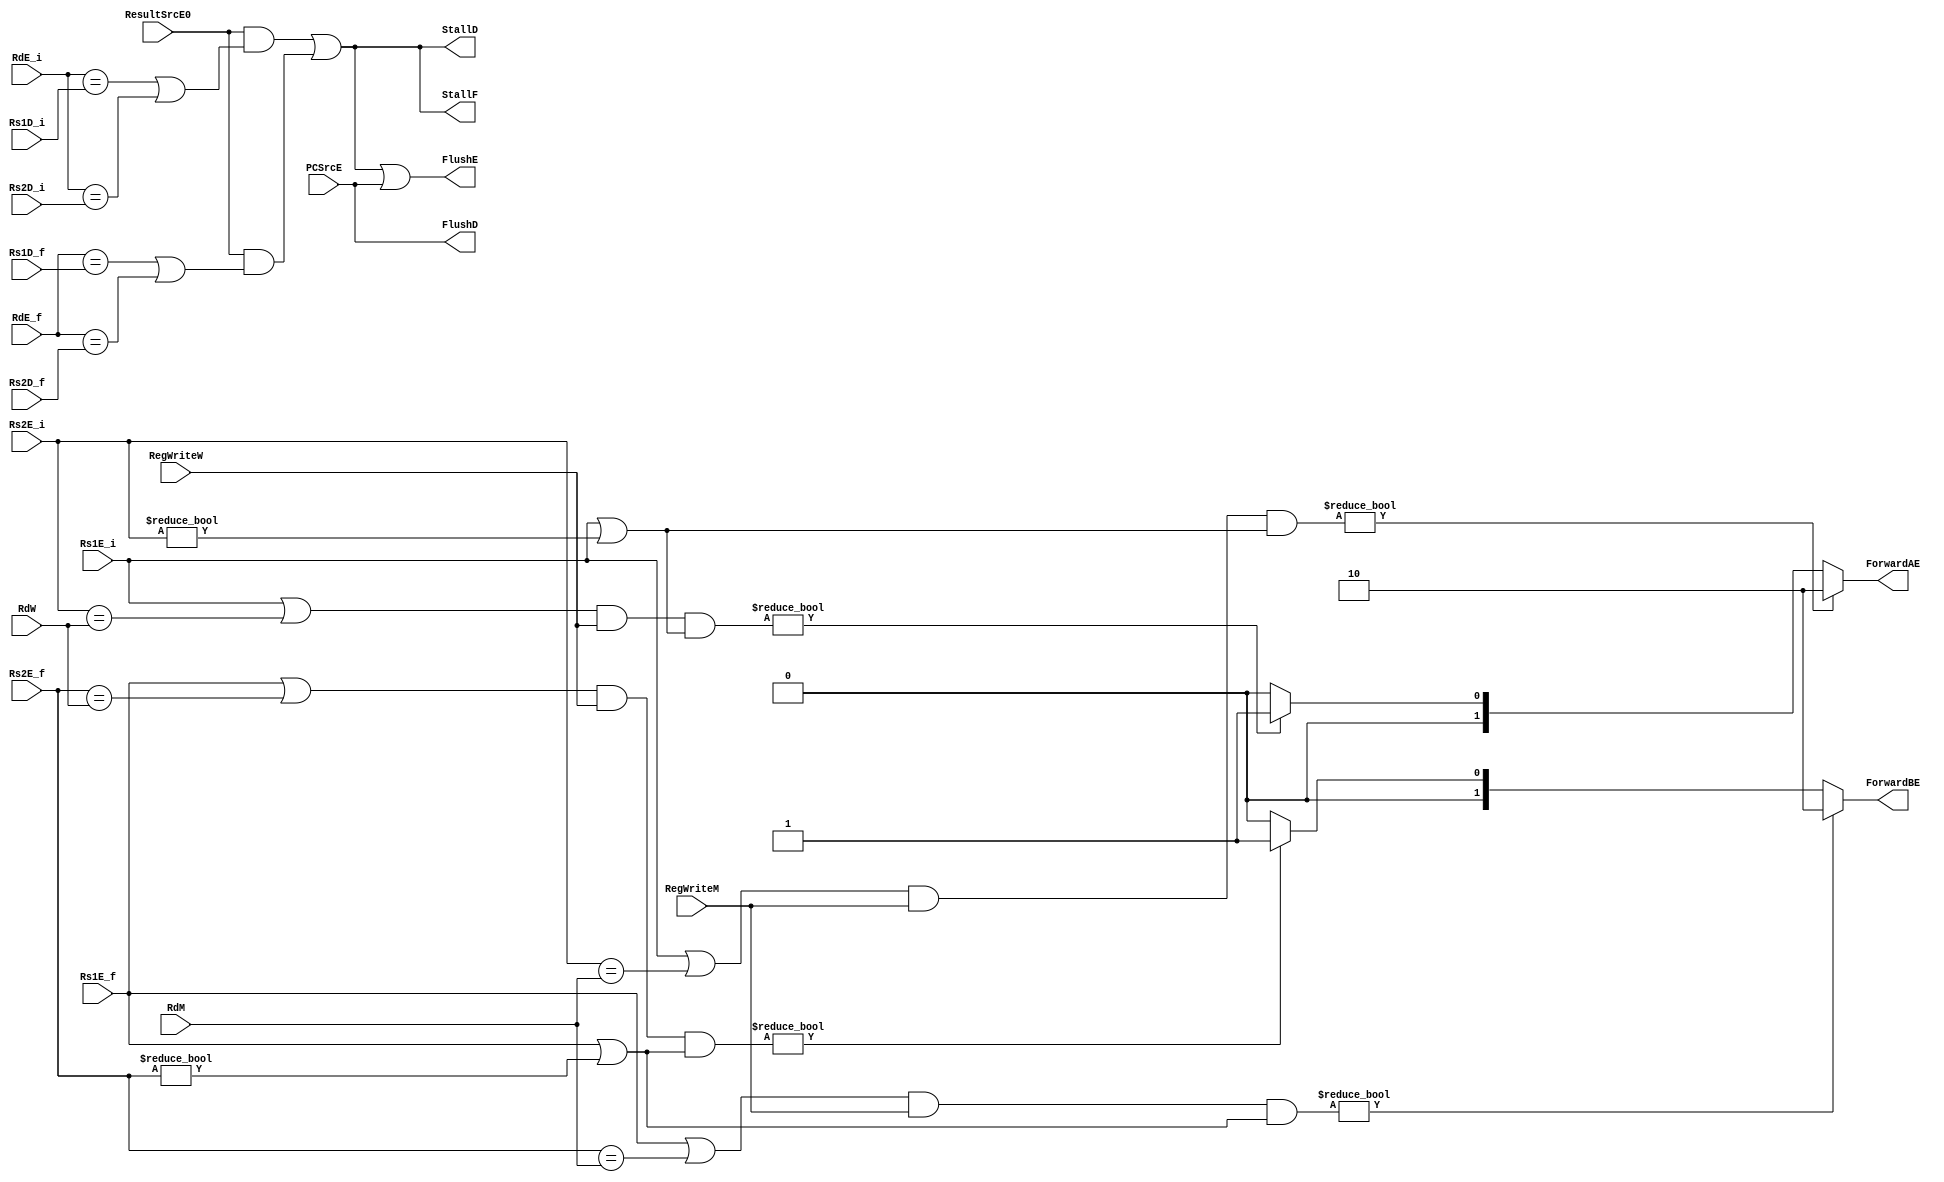
/*
	Name: Hazard Unit
	Description: Handles both Data Hazards and Control Hazards	
*/



module hazardunit(Rs1D_i, Rs2D_i, Rs1E_i, Rs2E_i,Rs1D_f, Rs2D_f, Rs1E_f, Rs2E_f, RdE_i,RdE_f, RdM, RdW, RegWriteM, RegWriteW, ResultSrcE0, PCSrcE, ForwardAE, ForwardBE, StallD, StallF, FlushD, FlushE);
input [4:0] RdM, RdW;
input  [4:0] Rs1D_i, Rs2D_i, Rs1E_i, Rs2E_i,RdE_i,RdE_f;
input  [4:0] Rs1D_f, Rs2D_f, Rs1E_f, Rs2E_f;
input RegWriteM, RegWriteW,ResultSrcE0, PCSrcE;
                output reg [1:0] ForwardAE, ForwardBE;
                output StallD, StallF, FlushD, FlushE;
					 
// RAW					 
// Whenever source register (Rs1E, Rs2E) in execution stage matchces with the destination register (RdM, RdW)
// of a previous instruction's Memory or WriteBack stage forward the ALUResultM or ResultW
// And also only when RegWrite is asserted

wire lwStall;
    always @(*)
    begin
	    ForwardAE = 2'b00;
		 ForwardBE = 2'b00;
        if ((Rs1E_i|Rs2E_i == RdM) & (RegWriteM) & (Rs1E_i|Rs2E_i != 0)) // higher priority - most recent
            ForwardAE = 2'b10; // for forwarding ALU Result in Memory Stage
        else if ((Rs1E_i|Rs2E_i == RdW) & (RegWriteW) & (Rs1E_i|Rs2E_i != 0))
            ForwardAE = 2'b01; // for forwarding WriteBack Stage Result
                    


        if ((Rs1E_f|Rs2E_f == RdM) & (RegWriteM) & (Rs1E_f|Rs2E_f != 0))
            ForwardBE = 2'b10; // for forwarding ALU Result in Memory Stage

        else if ((Rs1E_f|Rs2E_f == RdW) & (RegWriteW) & (Rs1E_f|Rs2E_f != 0))
            ForwardBE = 2'b01; // for forwarding WriteBack Stage Result
     
	  end
	  
// For Load Word Dependency result does not appear until end of Data Memory Access Stage
// if Destination register in EXE stage is equal to souce register in decode stage
// stall previous instructions until the the load word is avialbe at the writeback stage
// Introduce One cycle latency for subsequent instructions after load word 
// There is two cycle difference between Memory Access and the immediate next instruction

   assign lwStall = ((ResultSrcE0 == 1) & ((RdE_i == Rs1D_i) | (RdE_i == Rs2D_i))|(ResultSrcE0 == 1) & ((RdE_f == Rs1D_f) | (RdE_f == Rs2D_f)));
//   assign FlushE = lwStall;
	assign StallF = lwStall;
	assign StallD = lwStall;
	
// control hazard
// whenever branch has been taken, we flush the following two instructions from decode and execute pip reg
	assign FlushE = lwStall | PCSrcE;
	assign FlushD = PCSrcE;

endmodule